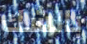
بالشك